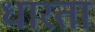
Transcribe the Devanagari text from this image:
धारता